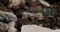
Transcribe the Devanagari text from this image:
दैवतावर